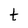
Character: t